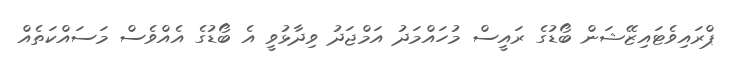
ޕްރައިވެޓައިޒޭޝަން ބޯޑުގެ ރައީސް މުހައްމަދު އަމްޖަދު ވިދާޅުވީ އެ ބޯޑުގެ އެއްވެސް މަސައްކަތެއް